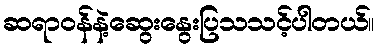
ဆရာဝန်နဲ့ဆွေးနွေးပြသသင့်ပါတယ်။